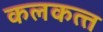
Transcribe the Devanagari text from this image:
कलकत्‍त